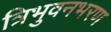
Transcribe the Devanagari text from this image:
त्रिभुवनभरण